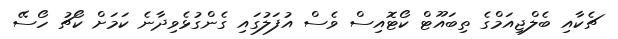
ޗެކާއި ބެލްޖިއަމްގެ ތިބައޫޓް ކޯޓޮއިސް ވެސް އުފަލުގައި ގެންގުޅެވިދާނެ ކަމަށް ކޯޗު ހޯސޭ